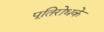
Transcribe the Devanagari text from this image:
पूतिरोधके